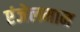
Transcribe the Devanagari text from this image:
एंजेलमान